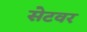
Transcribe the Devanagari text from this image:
सेटवर